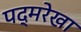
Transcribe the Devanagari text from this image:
पद्मरेखा